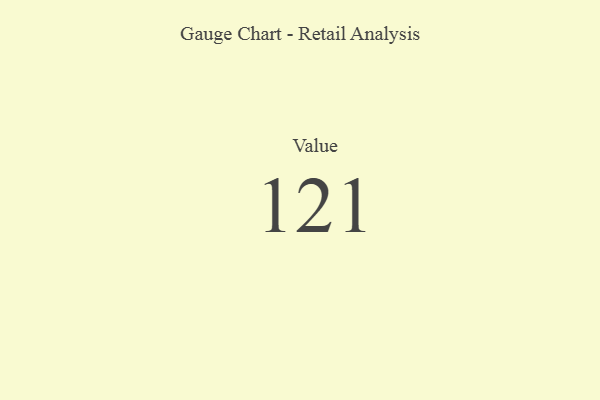
{"axis": {"x": "Metric", "y": "Value"}, "legend": [""], "data": [{"x": "Value", "y": 121, "type": ""}]}